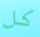
كل